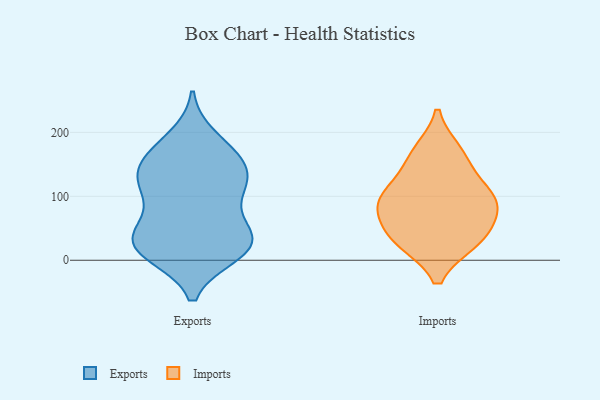
{"axis": {"x": "Temperature (°C)", "y": "Value"}, "legend": ["Exports", "Imports"], "data": [{"x": "", "y": 51, "type": "Exports"}, {"x": "", "y": 25, "type": "Exports"}, {"x": "", "y": 16, "type": "Exports"}, {"x": "", "y": 110, "type": "Exports"}, {"x": "", "y": 10, "type": "Exports"}, {"x": "", "y": 102, "type": "Exports"}, {"x": "", "y": 29, "type": "Exports"}, {"x": "", "y": 47, "type": "Exports"}, {"x": "", "y": 174, "type": "Exports"}, {"x": "", "y": 151, "type": "Exports"}, {"x": "", "y": 11, "type": "Exports"}, {"x": "", "y": 191, "type": "Exports"}, {"x": "", "y": 117, "type": "Exports"}, {"x": "", "y": 23, "type": "Exports"}, {"x": "", "y": 161, "type": "Exports"}, {"x": "", "y": 125, "type": "Exports"}, {"x": "", "y": 150, "type": "Exports"}, {"x": "", "y": 124, "type": "Exports"}, {"x": "", "y": 46, "type": "Exports"}, {"x": "", "y": 83, "type": "Imports"}, {"x": "", "y": 159, "type": "Imports"}, {"x": "", "y": 30, "type": "Imports"}, {"x": "", "y": 104, "type": "Imports"}, {"x": "", "y": 91, "type": "Imports"}, {"x": "", "y": 169, "type": "Imports"}, {"x": "", "y": 109, "type": "Imports"}, {"x": "", "y": 72, "type": "Imports"}, {"x": "", "y": 31, "type": "Imports"}, {"x": "", "y": 34, "type": "Imports"}]}